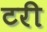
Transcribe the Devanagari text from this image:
टरी